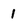
Character: l